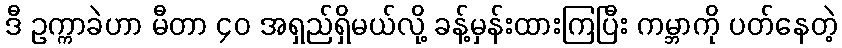
ဒီ ဥက္ကာခဲဟာ မီတာ ၄၀ အရှည်ရှိမယ်လို့ ခန့်မှန်းထားကြပြီး ကမ္ဘာကို ပတ်နေတဲ့